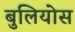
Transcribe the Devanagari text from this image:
बुलियोस